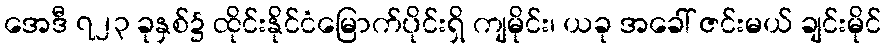
အေဒီ ၇၂၃ ခုနှစ်၌ ထိုင်းနိုင်ငံမြောက်ပိုင်းရှိ ကျမိုင်း၊ ယခု အခေါ် ဇင်းမယ် ချင်းမိုင်